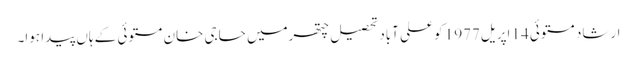
ارشاد مستوئی14 اپریل1977 کو علی آباد تحصیل چتھرمیں حاجی خان مستوئی کے ہاں پیدا ہوا۔